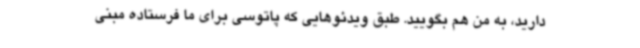
دارید، به من هم بگویید. طبق ویدئوهایی که پاتوسی برای ما فرستاده مبنی